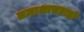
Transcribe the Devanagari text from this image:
तमाशासम्राज्ञी